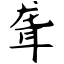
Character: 聋